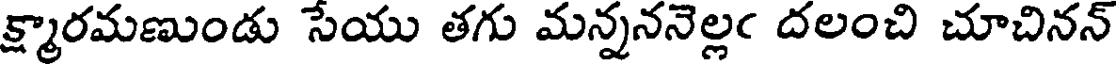
క్ష్మారమణుండు సేయు తగు మన్నననెల్లఁ దలంచి చూచినన్